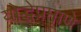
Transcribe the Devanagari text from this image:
योद्धेप्रमाणे